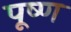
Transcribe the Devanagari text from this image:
पूष्ण